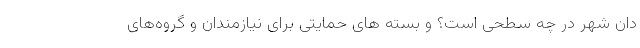
دان شهر در چه سطحی است؟ و بسته های حمایتی برای نیازمندان و گروه‌های